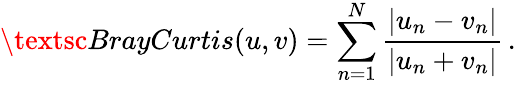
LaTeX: \textsc{BrayCurtis}(u,v)=\sum_{n=1}^{N}\frac{\left|u_{n}-v_{n}\right|}{\left|u_{n}+v_{n}\right|}\, .